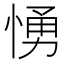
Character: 愑